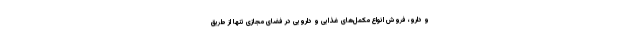
و دارو، فروش انواع مکمل‌های غذایی و دارویی در فضای مجازی تنها از طریق